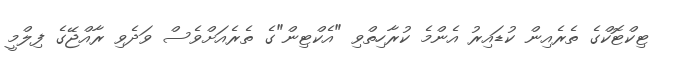
ޓިކްޓޮކްގެ ތެރެއިން ކުޑައިރު އެންމެ ކުރާހިތްވި "އެކްޓިން"ގެ ތެރެއަށްވެސް ވަދެވި ރާއްޖޭގެ ފިލްމީ